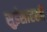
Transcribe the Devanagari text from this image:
सुईसारखी